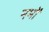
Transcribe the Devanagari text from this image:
नमों